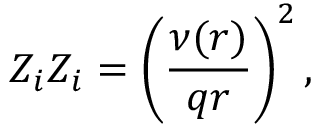
Z _ { i } Z _ { i } = \left( \frac { \nu ( r ) } { q r } \right) ^ { 2 } ,